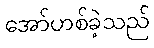
အော်ဟစ်ခဲ့သည်